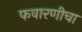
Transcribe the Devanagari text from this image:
फवारणीचा